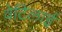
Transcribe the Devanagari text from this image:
वेटिलाई